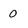
Character: o